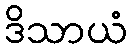
ဒိသာယံ